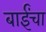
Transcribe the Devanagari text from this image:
बाईंचा